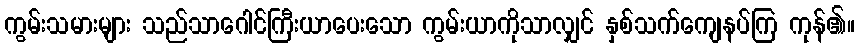
ကွမ်းသမားများ သည်သာဂေါင်ကြီးယာပေးသော ကွမ်းယာကိုသာလျှင် နှစ်သက်ကျေနပ်ကြ ကုန်၏။